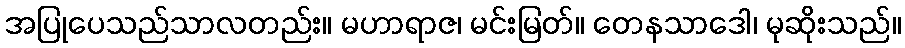
အပြုပေသည်သာလတည်း။ မဟာရာဇ၊ မင်းမြတ်။ တေနသာဒေါ၊ မုဆိုးသည်။